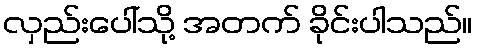
လှည်းပေါ်သို့ အတက် ခိုင်းပါသည်။